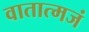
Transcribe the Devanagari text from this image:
वातात्मजं